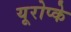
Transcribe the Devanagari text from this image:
यूरोप्के